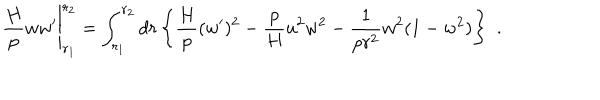
\frac { H } { p } w w ^ { \prime } \Bigg | _ { r _ { 1 } } ^ { r _ { 2 } } = \int _ { r _ { 1 } } ^ { r _ { 2 } } d r \, \Bigg \{ \frac { H } { p } ( w ^ { \prime } ) ^ { 2 } - \frac { p } { H } u ^ { 2 } w ^ { 2 } - \frac { 1 } { p r ^ { 2 } } w ^ { 2 } ( 1 - w ^ { 2 } ) \Bigg \} ~ ~ .